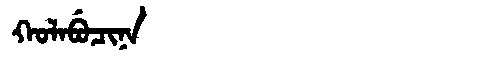
Manchu: ᡴᠣᠯᠠᠪᡠᠴᡳᠨᠠ
Romanization: KOLABUCINA